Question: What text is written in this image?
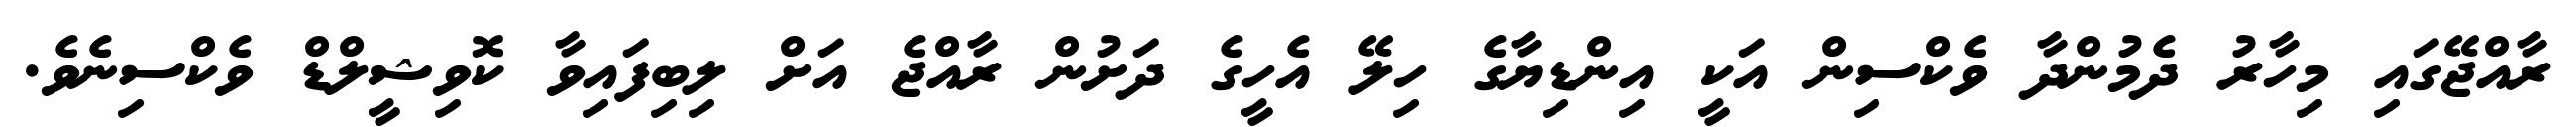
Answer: ރާއްޖޭގައި މިހާރު ދެމުންދާ ވެކްސިން އަކީ އިންޑިޔާގެ ހިލޭ އެހީގެ ދަށުން ރާއްޖެ އަށް ލިބިފައިވާ ކޮވިޝީލްޑް ވެކްސިނެވެ.